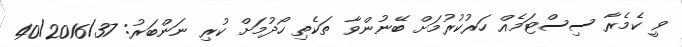
ވީ ކެމެރާ ސިސްޓަމެއް ހަރުކުރުމަށް ބޭނުންވާ ތަކެތި ހޯދުމަށް ކުރި ނަންބަރު: 40/2016/37